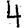
Digit: 4